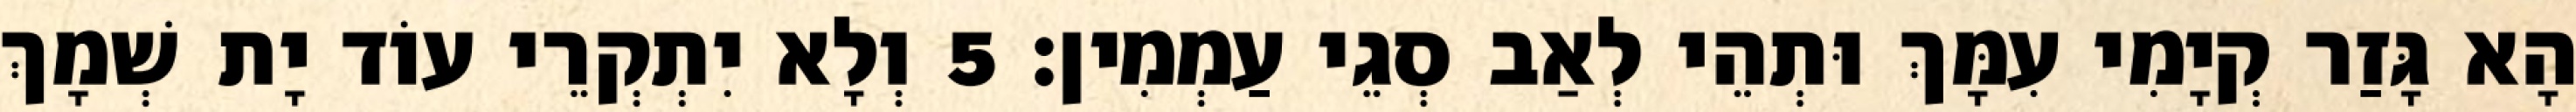
הָא גָּזַר קְיָמִי עִמָּךְ וּתְהֵי לְאַב סְגֵי עַמְמִין׃ 5 וְלָא יִתְקְרֵי עוֹד יָת שְׁמָךְ